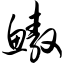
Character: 鳌